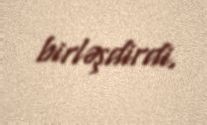
birləşdirdi.